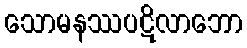
သောမနဿပဋိလာဘော